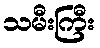
သမီးကြီး